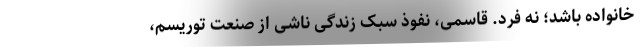
خانواده باشد؛ نه فرد. قاسمی، نفوذ سبک زندگی ناشی از صنعت توریسم،